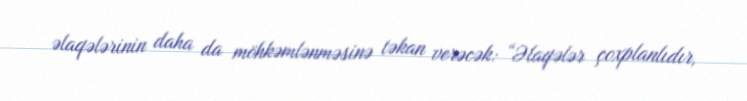
əlaqələrinin daha da möhkəmlənməsinə təkan verəcək: “Əlaqələr çoxplanlıdır,